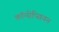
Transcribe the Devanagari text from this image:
कॉन्सेप्सियन